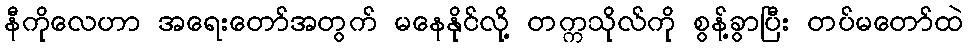
နီကိုလေဟာ အရေးတော်အတွက် မနေနိုင်လို့ တက္ကသိုလ်ကို စွန့်ခွာပြီး တပ်မတော်ထဲ